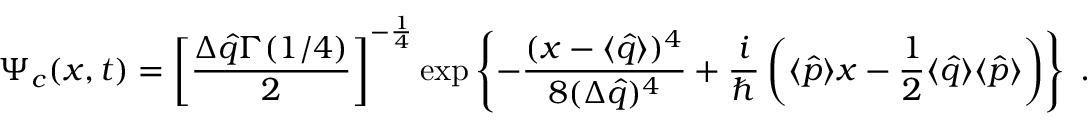
\Psi _ { c } ( x , t ) = \left[ \frac { \Delta \hat { q } \Gamma ( 1 / 4 ) } { 2 } \right] ^ { - \frac { 1 } { 4 } } \exp \left\{ - \frac { ( x - \langle \hat { q } \rangle ) ^ { 4 } } { 8 ( \Delta \hat { q } ) ^ { 4 } } + \frac { i } { \hbar } \left( \langle \hat { p } \rangle x - \frac { 1 } { 2 } \langle \hat { q } \rangle \langle \hat { p } \rangle \right) \right\} \; .